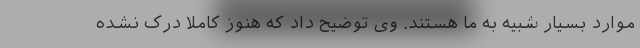
موارد بسیار شبیه به ما هستند. وی توضیح داد که هنوز کاملاً درک نشده